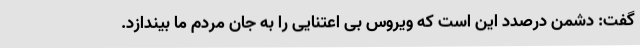
گفت: دشمن درصدد این است که ویروس بی اعتنایی را به جان مردم ما بیندازد.